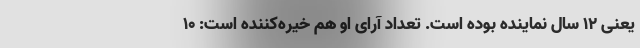
یعنی 12 سال نماینده بوده است. تعداد آرای او هم خیره‌کننده است: 10